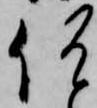
何